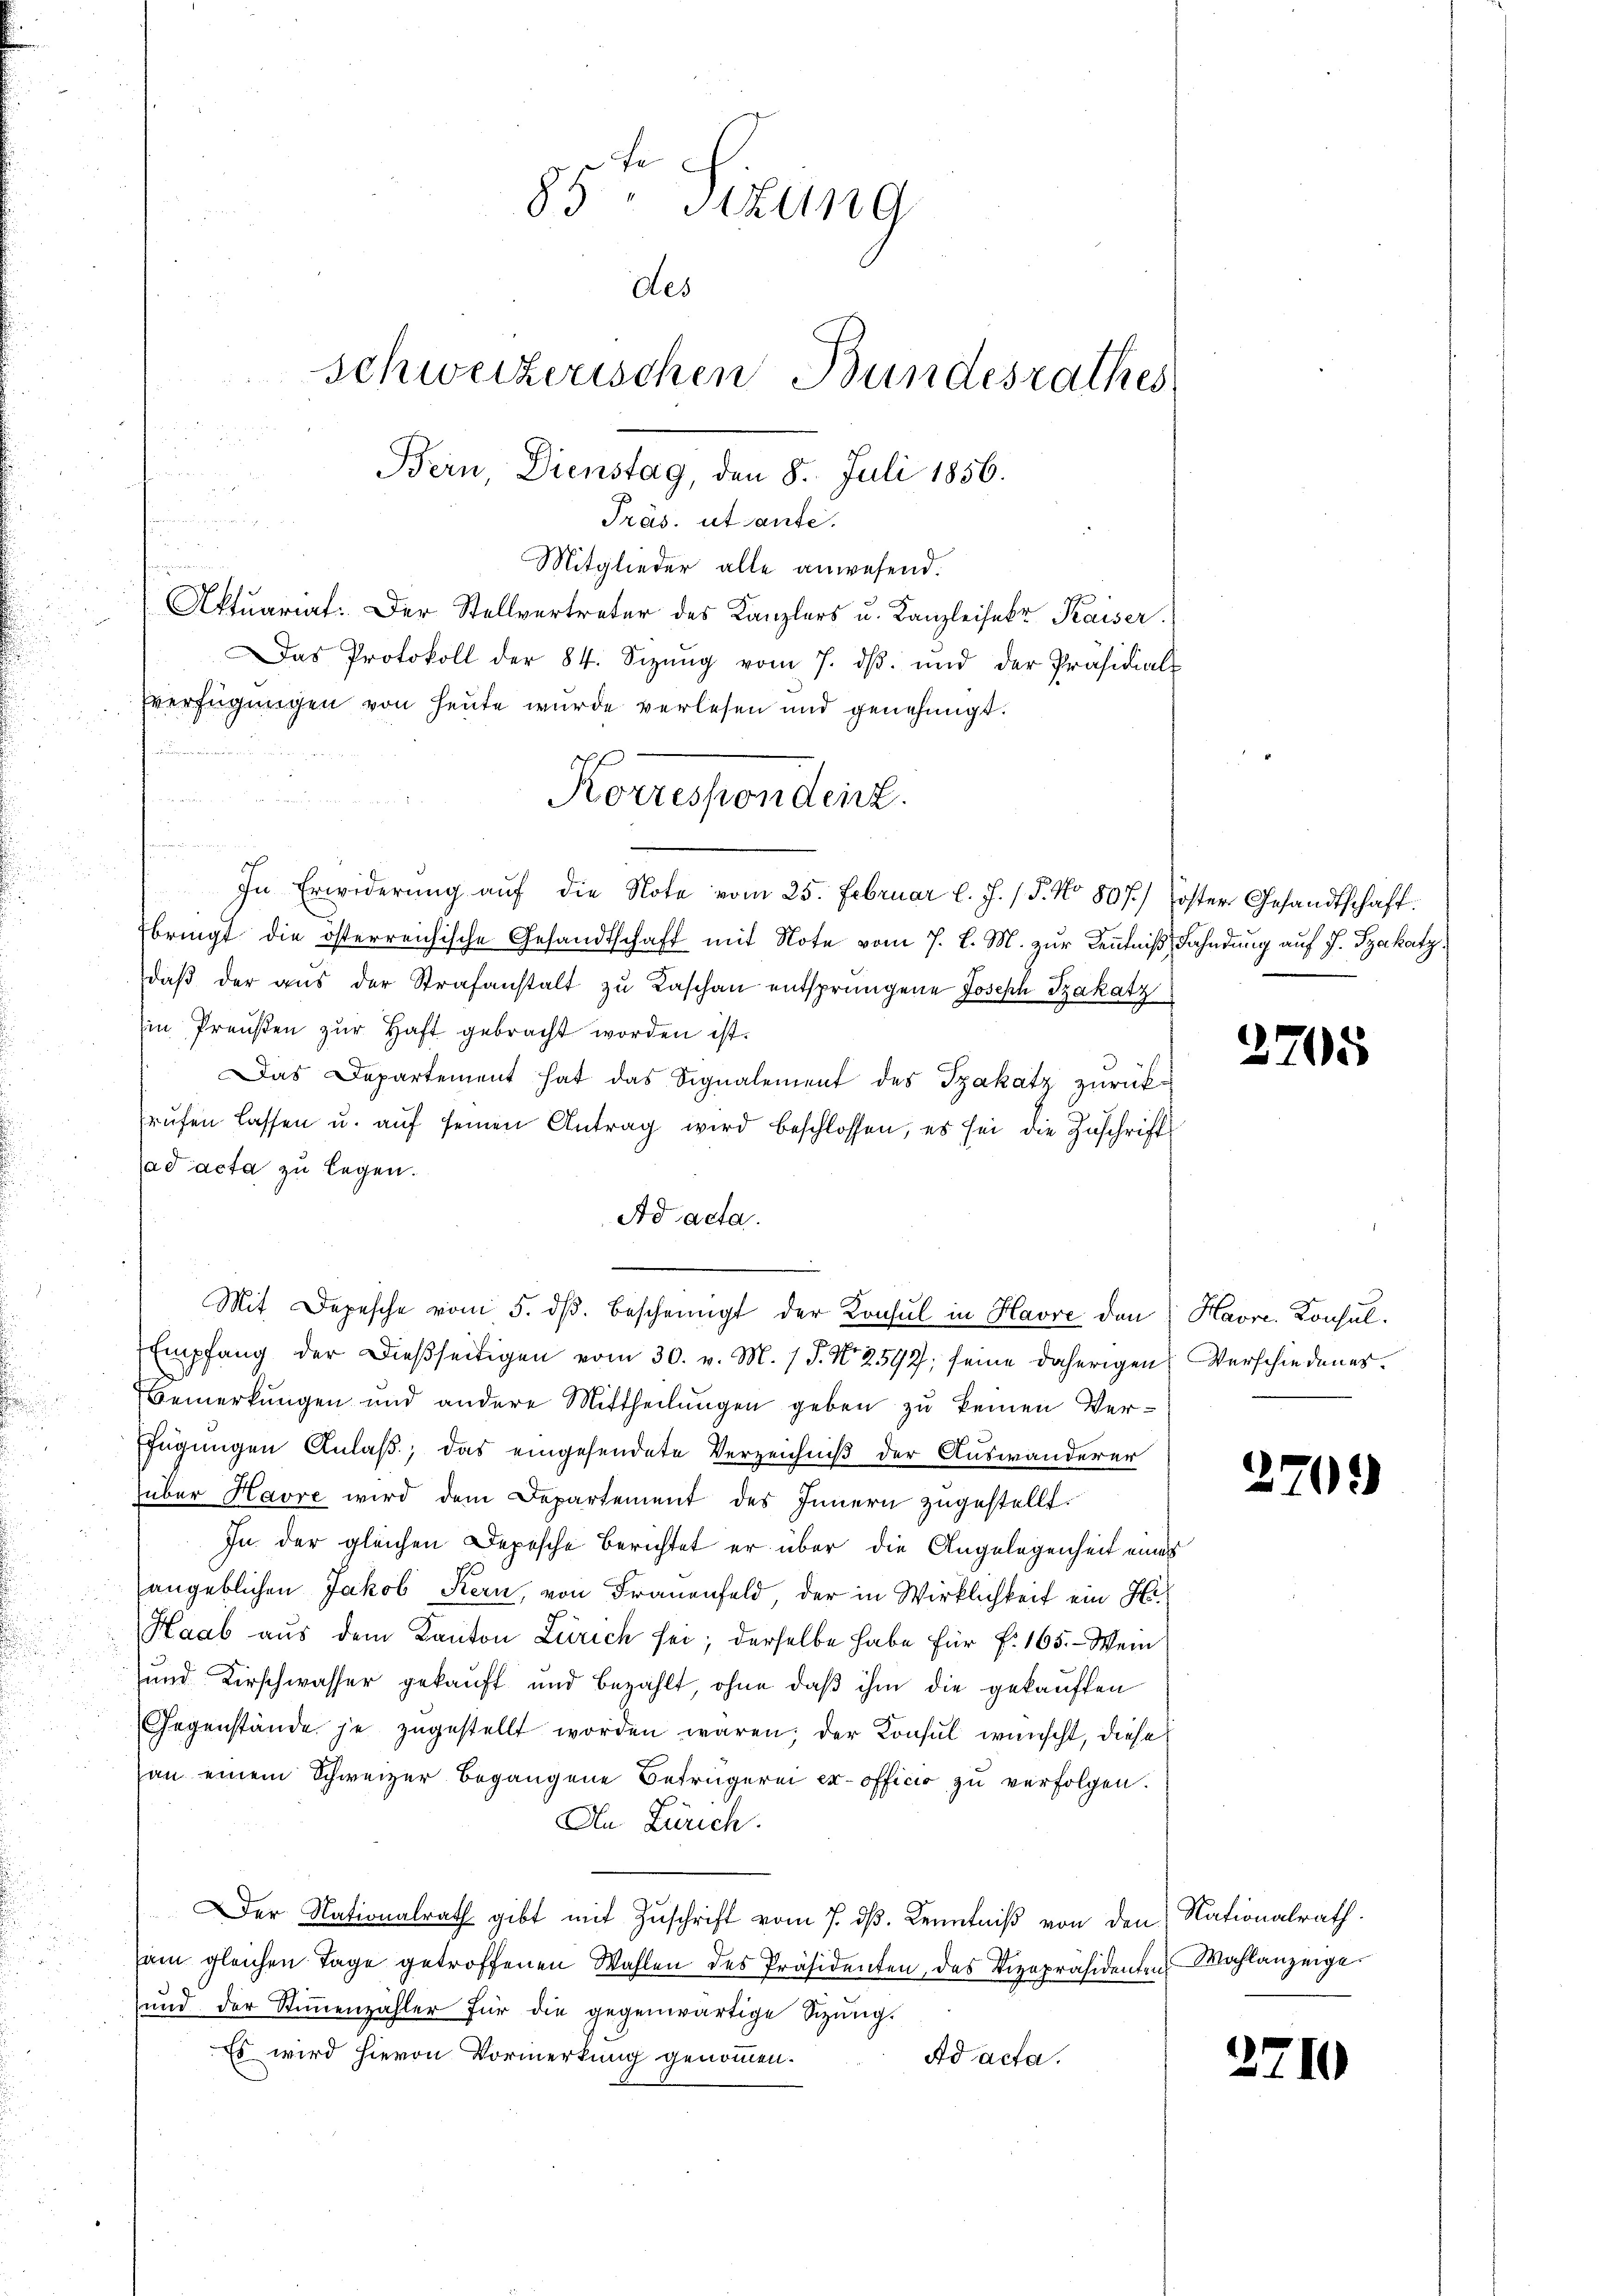
Präs. ut sante.
Mitglieder alle anwesend.
Aktuariat. Der Stellvertreter des Kanzlers u. Kanzleiser Kaiser
Das Protokoll der 84. Sizŭng vom 7. dβ. und der Präsidials
Verfügungen von heute wurde verlesen und genehmigt.
n
In Erwiderung auf die Note vom 25. Februar l. J. / 5. No 807.) Joster Gesandtschaft.
fbringt die österreichische Gesandtschaft mit Note vom 7. d. M. zur Kenntniß, Fahndung auf J. Szakatz,
daβ der aŭs der Strafanstalt zŭ Kaschaŭ entsprungene Joseph Szakatz
Ein Preußen zur Haft gebracht worden ist.
Das Departement hat das Signalement des Szakatz zurückrŭfen lassen u. aŭf seinen Antrag wird beschlossen, es sei die Zuschrift
ad acta zu legen.
Ad acta.
Mit Depesche vom 5. dβ bescheinigt der Konsul in Havre den
Empfang der dießseitigen vom 30. v. M. / P. Nr. 2592, seine daherigen Verschiedener.
Bemerkungen und andere Mittheilungen geben zu keinen Verfügungen Anlaß, das eingesendete Verzeichniß der Auswanderer
über Havre wird dem Departement des Innern zugestellt.
In der gleichen Depesche Berichtet er über die Angelegenheit eines
angeblichen Jakob Kern, von Frauenfeld, der in Wirklichkeit ein Hi
Haab aŭs dem Kanton Zürich sei; derselbe habe für f. 165. - Wein
und Kirschwasser gekauft und bezahlt, ohne daß ihm die gekauften
Gegenstände je zugestellt worden wären; der Konsul wünscht, diese
an einem Schweizer begangene Betrügerei er officio zu verfolgen.
An Zürich.
Der Nationalrath gibt mit Zuschrift vom 7. dβ. Kenntniß von den Nationalrath.
sam gleichen Tage getroffenen Wahlen des Präsidenten, das Vizepräsidenten Wahlanzeige
und der Stiṁenzähler für die gegenwärtige Sizung.
Es wird hievon Vormerkung genommen.
Ad acta.

n

85 Stzung
des
schweizerischen Bundesrathes
Bern Dienstag, den 8. Juli 1856.

Korrespondent.

2705

Havre. Konsul

2

.

2

1

I